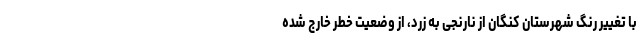
با تغییر رنگ شهرستان کنگان از نارنجی به زرد، از وضعیت خطر خارج شده